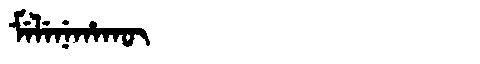
Manchu: ᠮᡝᠯᡝᠨᡝᡥᠠᡴᡡ
Romanization: MELENEHAKŪ